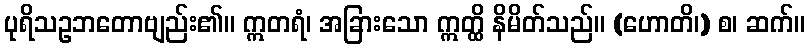
ပုရိသဥဘတောဗျည်း၏။ ဣတရံ၊ အခြားသော ဣတ္ထိ နိမိတ်သည်။ (ဟောတိ၊) စ၊ ဆက်။